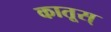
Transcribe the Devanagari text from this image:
कातूस्